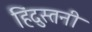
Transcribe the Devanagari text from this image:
हिंदुस्तनी